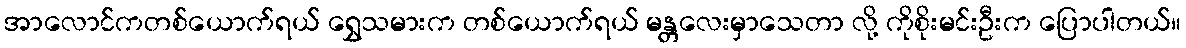
အာလောင်ကတစ်ယောက်ရယ် ရွှေသမားက တစ်ယောက်ရယ် မန္တလေးမှာသေတာ လို့ ကိုစိုးမင်းဦးက ပြောပါတယ်။